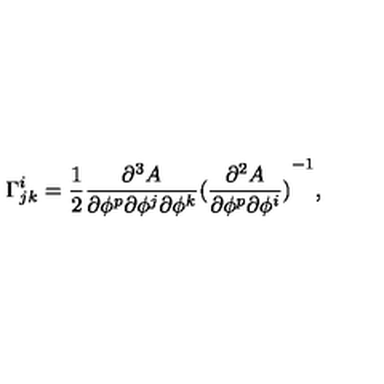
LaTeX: \Gamma _ { j k } ^ { i } = \frac { 1 } { 2 } \frac { \partial ^ { 3 } A } { \partial \phi ^ { p } \partial \phi ^ { j } \partial \phi ^ { k } } { ( \frac { \partial ^ { 2 } A } { \partial \phi ^ { p } \partial \phi ^ { i } } ) } ^ { - 1 } ,